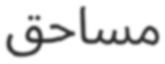
مساحق